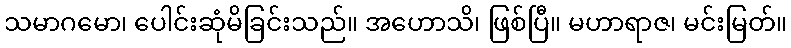
သမာဂမော၊ ပေါင်းဆုံမိခြင်းသည်။ အဟောသိ၊ ဖြစ်ပြီ။ မဟာရာဇ၊ မင်းမြတ်။